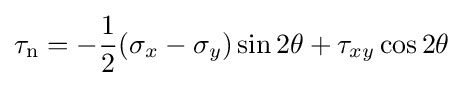
\tau _{\mathrm {n} }=-{\frac {1}{2}}(\sigma _{x}-\sigma _{y})\sin 2\theta +\tau _{xy}\cos 2\theta